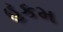
હકમ